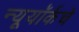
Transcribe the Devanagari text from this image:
न्यूयॉर्कचे